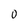
Character: O